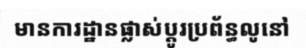
មានការដ្ឋានផ្លាស់ប្តូរប្រព័ន្ធលូនៅ